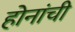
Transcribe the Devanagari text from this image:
होनांची